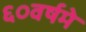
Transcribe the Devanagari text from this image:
६०वर्षमे